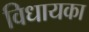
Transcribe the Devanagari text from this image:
विधायका